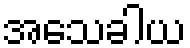
အသေခါယ